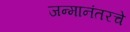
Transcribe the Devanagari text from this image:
जन्मानंतरचे